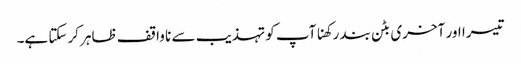
تیسرا اور آخری بٹن بند رکھنا آپ کو تہذیب سے نا واقف ظاہر کرسکتا ہے۔